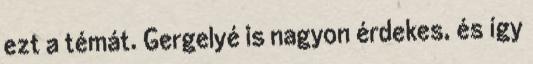
ezt a témát. Gergelyé is nagyon érdekes, és így